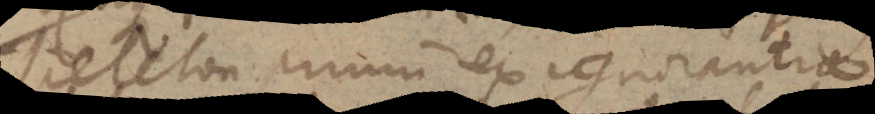
sceleton primum ex ignorantia